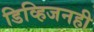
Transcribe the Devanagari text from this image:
डिव्हिजनही